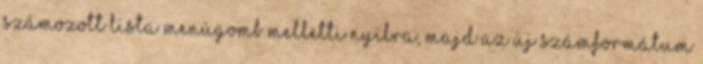
Számozott lista menügomb melletti nyílra, majd az Új számformátum